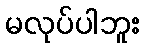
မလုပ်ပါဘူး